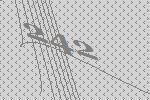
242